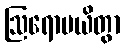
ဩရောပယိတွာ